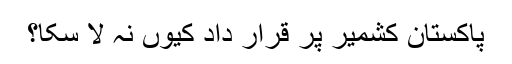
پاکستان کشمیر پر قرار داد کیوں نہ لا سکا؟